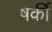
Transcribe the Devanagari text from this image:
षर्की